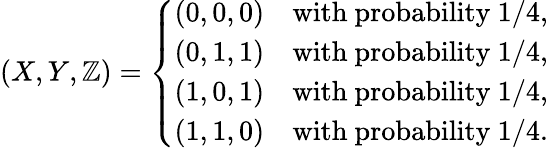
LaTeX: (X,Y,\mathbb{Z})=\left\{ {\begin{array}{ll}{(0,0,0)}&{{\mathrm{with~probability}}\ 1/4,}\\ {(0,1,1)}&{{\mathrm{with~probability}}\ 1/4,}\\ {(1,0,1)}&{{\mathrm{with~probability}}\ 1/4,}\\ {(1,1,0)}&{{\mathrm{with~probability}}\ 1/4.}\end{array}}\right.